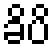
ခိပိ